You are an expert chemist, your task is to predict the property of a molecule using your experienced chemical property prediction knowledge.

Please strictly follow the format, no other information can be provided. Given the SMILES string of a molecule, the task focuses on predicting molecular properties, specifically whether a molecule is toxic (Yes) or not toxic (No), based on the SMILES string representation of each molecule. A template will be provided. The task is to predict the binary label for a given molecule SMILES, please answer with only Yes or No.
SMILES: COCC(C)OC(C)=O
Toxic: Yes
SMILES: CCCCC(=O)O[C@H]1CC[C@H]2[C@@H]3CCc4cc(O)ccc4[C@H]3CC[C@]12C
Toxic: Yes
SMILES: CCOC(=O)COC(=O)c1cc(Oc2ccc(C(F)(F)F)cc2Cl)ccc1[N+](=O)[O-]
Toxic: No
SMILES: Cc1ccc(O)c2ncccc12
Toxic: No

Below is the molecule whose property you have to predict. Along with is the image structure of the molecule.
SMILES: C[C@]12C[C@H](O)[C@H]3[C@@H](CCC4=CC(=O)CC[C@@]43C)[C@@H]1CC[C@]2(O)C(=O)COC(=O)CCC(=O)[O-]
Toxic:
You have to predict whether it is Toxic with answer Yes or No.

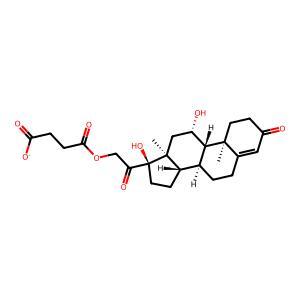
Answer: No